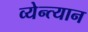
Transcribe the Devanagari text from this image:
व्येन्त्यान